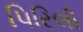
પિરિલી